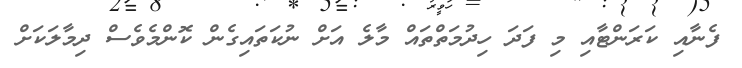
ފެނާއި ކަރަންޓާއި މި ފަދަ ހިދުމަތްތައް މާލެ އަށް ނުކަތައިގެން ކޮންމެވެސް ދިމާލަކަށް